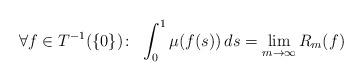
LaTeX: \begin{align*}\forall f\in T^{-1}(\{0\})\colon\,\, \int_0^1 \mu(f(s))\, ds = \lim_{m\to \infty} R_m(f)\end{align*}